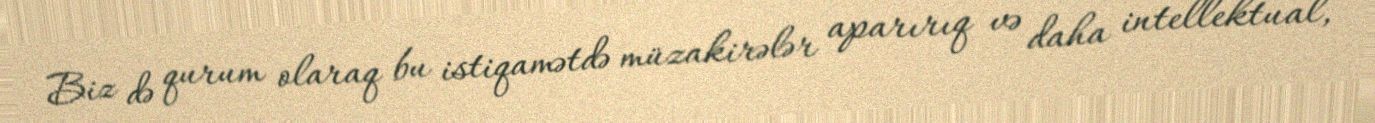
Biz də qurum olaraq bu istiqamətdə müzakirələr aparırıq və daha intellektual,